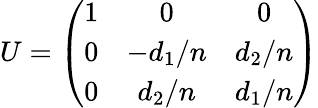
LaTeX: U=\left(\begin{array}{ccc}{{1}}&{{0}}&{{0}}\\ {{0}}&{{-d_{1}/n}}&{{d_{2}/n}}\\ {{0}}&{{d_{2}/n}}&{{d_{1}/n}}\end{array}\right)